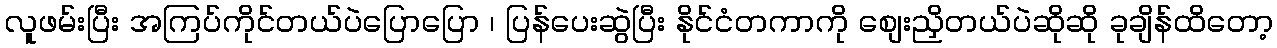
လူဖမ်းပြီး အကြပ်ကိုင်တယ်ပဲပြောပြော ၊ ပြန်ပေးဆွဲပြီး နိုင်ငံတကာကို စျေးညှိတယ်ပဲဆိုဆို ခုချိန်ထိတော့